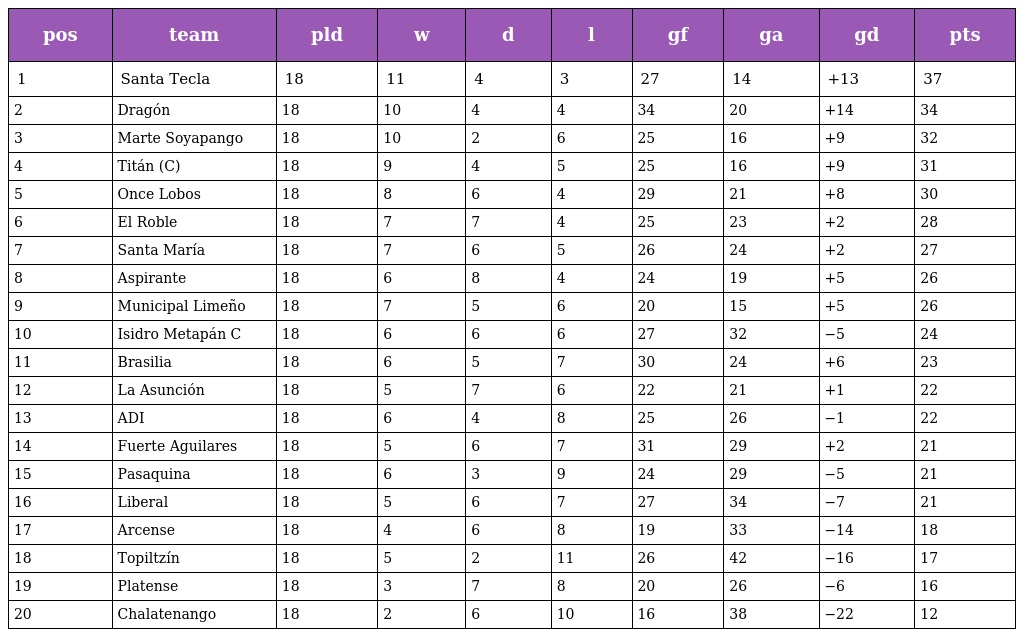
| pos | team | pld | w | d | l | gf | ga | gd | pts |
 | --- | --- | --- | --- | --- | --- | --- | --- | --- | --- |
 | 1 | Santa Tecla | 18 | 11 | 4 | 3 | 27 | 14 | +13 | 37 |
 | 2 | Dragón | 18 | 10 | 4 | 4 | 34 | 20 | +14 | 34 |
 | 3 | Marte Soyapango | 18 | 10 | 2 | 6 | 25 | 16 | +9 | 32 |
 | 4 | Titán (C) | 18 | 9 | 4 | 5 | 25 | 16 | +9 | 31 |
 | 5 | Once Lobos | 18 | 8 | 6 | 4 | 29 | 21 | +8 | 30 |
 | 6 | El Roble | 18 | 7 | 7 | 4 | 25 | 23 | +2 | 28 |
 | 7 | Santa María | 18 | 7 | 6 | 5 | 26 | 24 | +2 | 27 |
 | 8 | Aspirante | 18 | 6 | 8 | 4 | 24 | 19 | +5 | 26 |
 | 9 | Municipal Limeño | 18 | 7 | 5 | 6 | 20 | 15 | +5 | 26 |
 | 10 | Isidro Metapán C | 18 | 6 | 6 | 6 | 27 | 32 | −5 | 24 |
 | 11 | Brasilia | 18 | 6 | 5 | 7 | 30 | 24 | +6 | 23 |
 | 12 | La Asunción | 18 | 5 | 7 | 6 | 22 | 21 | +1 | 22 |
 | 13 | ADI | 18 | 6 | 4 | 8 | 25 | 26 | −1 | 22 |
 | 14 | Fuerte Aguilares | 18 | 5 | 6 | 7 | 31 | 29 | +2 | 21 |
 | 15 | Pasaquina | 18 | 6 | 3 | 9 | 24 | 29 | −5 | 21 |
 | 16 | Liberal | 18 | 5 | 6 | 7 | 27 | 34 | −7 | 21 |
 | 17 | Arcense | 18 | 4 | 6 | 8 | 19 | 33 | −14 | 18 |
 | 18 | Topiltzín | 18 | 5 | 2 | 11 | 26 | 42 | −16 | 17 |
 | 19 | Platense | 18 | 3 | 7 | 8 | 20 | 26 | −6 | 16 |
 | 20 | Chalatenango | 18 | 2 | 6 | 10 | 16 | 38 | −22 | 12 |